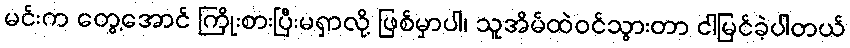
မင်းက တွေ့အောင် ကြိုးစားပြီးမရှာလို့ ဖြစ်မှာပါ၊ သူအိမ်ထဲဝင်သွားတာ ငါမြင်ခဲ့ပါတယ်